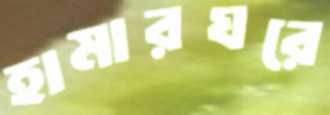
হামারঘরে